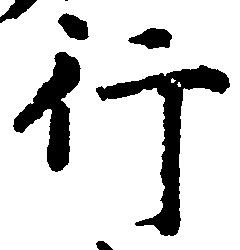
行